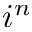
i ^ { n }